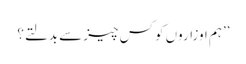
’’ہم اوزاروں کو کس چیز سے بدلتے؟